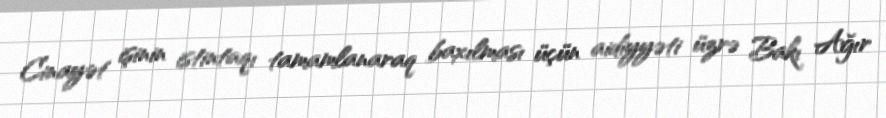
Cinayət işinin istintaqı tamamlanaraq baxılması üçün aidiyyəti üzrə Bakı Ağır